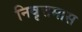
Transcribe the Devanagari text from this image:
निवृत्तमास